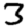
Digit: 3